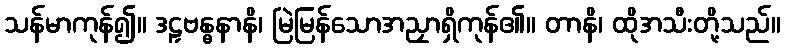
သန်မာကုန်၍။ ဒဠှဗန္ဓနာနိ၊ မြဲမြန်သောအညှာရှိကုန်၏။ တာနိ၊ ထိုအသီးတို့သည်။